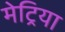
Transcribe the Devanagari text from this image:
मेट्रिया